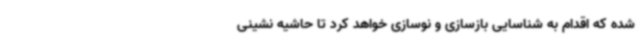
شده که اقدام به شناسایی بازسازی و نوسازی خواهد کرد تا حاشیه نشینی